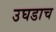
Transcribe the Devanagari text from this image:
उघडाच